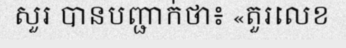
សួរ បានបញ្ជាក់ថា៖ «តួរលេខ